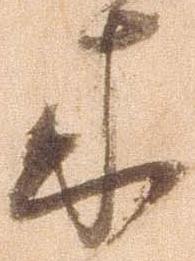
来